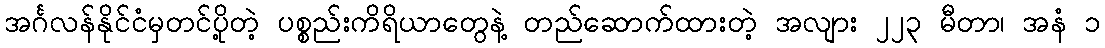
အင်္ဂလန်နိုင်ငံမှတင်ပို့တဲ့ ပစ္စည်းကိရိယာတွေနဲ့ တည်ဆောက်ထားတဲ့ အလျား ၂၂၃ မီတာ၊ အနံ ၁